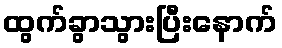
ထွက်ခွာသွားပြီးနောက်